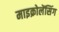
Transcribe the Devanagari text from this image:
माइक्रोलेंसिंग